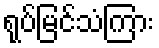
ရုပ်မြင်သံကြား